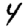
Digit: 4